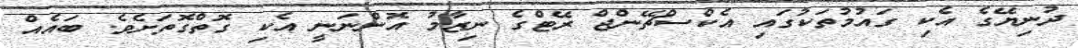
ދުނިޔޭގެ އެކި ގައުމުތަކުގައި އެކްސްޗޭންޖް ރޭޓްގެ ނިޒާމު އޮންނަނީ އެކި ގޮތްގޮތަށެވެ. ބައެއް